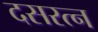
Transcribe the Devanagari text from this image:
दसरत्न